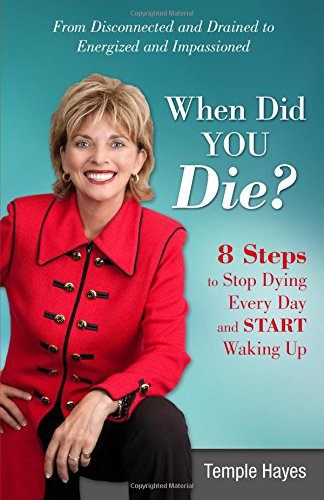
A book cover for When Did You Die?: 8 Steps to Stop Dying Every Day and Start Waking Up; Temple Hayes; Religion & Spirituality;